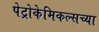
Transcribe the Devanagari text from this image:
पेट्रोकेमिकल्सच्या